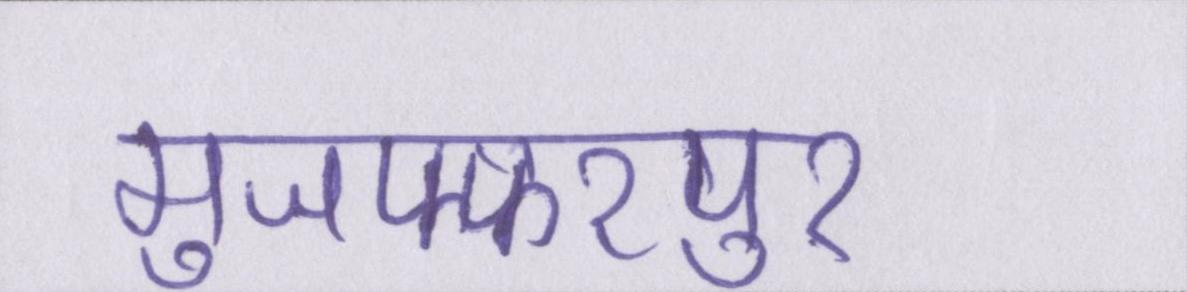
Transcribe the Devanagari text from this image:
मुजफ्फरपुर